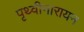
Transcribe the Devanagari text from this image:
पृथ्वीनारायन